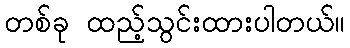
တစ်ခု ထည့်သွင်းထားပါတယ်။